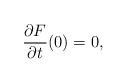
LaTeX: \begin{align*}\frac{\partial F}{\partial t}(0)=0,\end{align*}